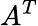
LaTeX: A^{T}